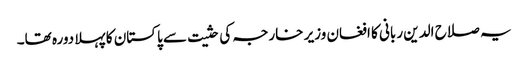
یہ صلاح الدین ربانی کا افغان وزیر خارجہ کی حثیت سے پاکستان کا پہلا دورہ تھا۔